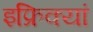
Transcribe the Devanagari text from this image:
इफ्रिक्यां